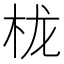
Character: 栊